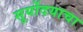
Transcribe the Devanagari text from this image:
सूर्योदयाचा